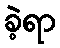
ခဲ့ရာ